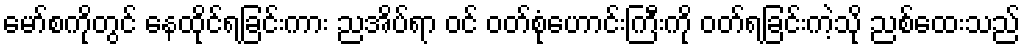
မော်စကိုတွင် နေထိုင်ရခြင်းကား ညအိပ်ရာ ဝင် ဝတ်စုံဟောင်းကြီးကို ဝတ်ရခြင်းကဲ့သို ညစ်ထေးသည်